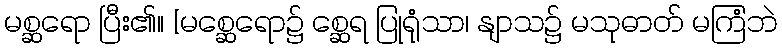
မစ္ဆရော ပြီး၏။ [မစ္ဆေရော၌ စ္ဆေရ ပြုရုံသာ၊ နျာသ၌ မသုဓာတ် မကြံဘဲ